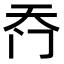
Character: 𮤮